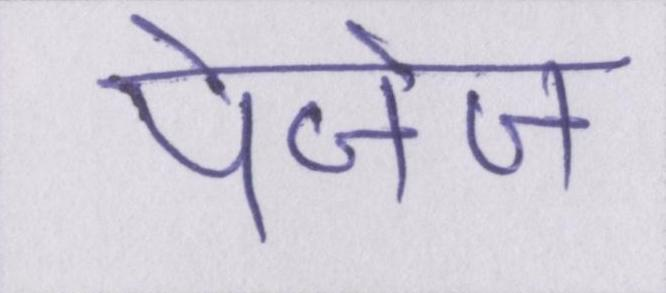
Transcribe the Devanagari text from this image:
पेजेज